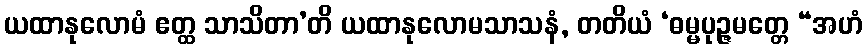
ယထာနုလောမံ ဧတ္ထ သာသိတာ’တိ ယထာနုလောမသာသနံ, တတိယံ ‘ဓမ္မပုဉ္ဇမတ္တေ “အဟံ